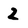
Character: 2